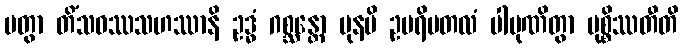
ပတွာ တိံသဝဿသဟဿာနိ ဥဒ္ဓံ ဂစ္ဆန္တော ပုနပိ ဥပရိမတလံ ပါပုဏိတွာ မုစ္စိဿတီတိ